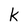
Character: k